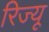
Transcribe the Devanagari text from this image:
रिज्यू